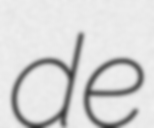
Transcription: de